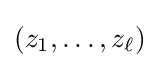
(z_{1},\ldots ,z_{\ell })